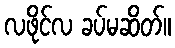
လဖိုင်လ ခပ်မဆိတ်။